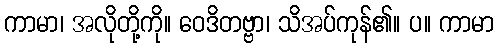
ကာမာ၊ အလိုတို့ကို။ ဝေဒိတဗ္ဗာ၊ သိအပ်ကုန်၏။ ပ။ ကာမာ